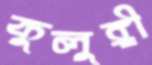
কুলুঙ্গী